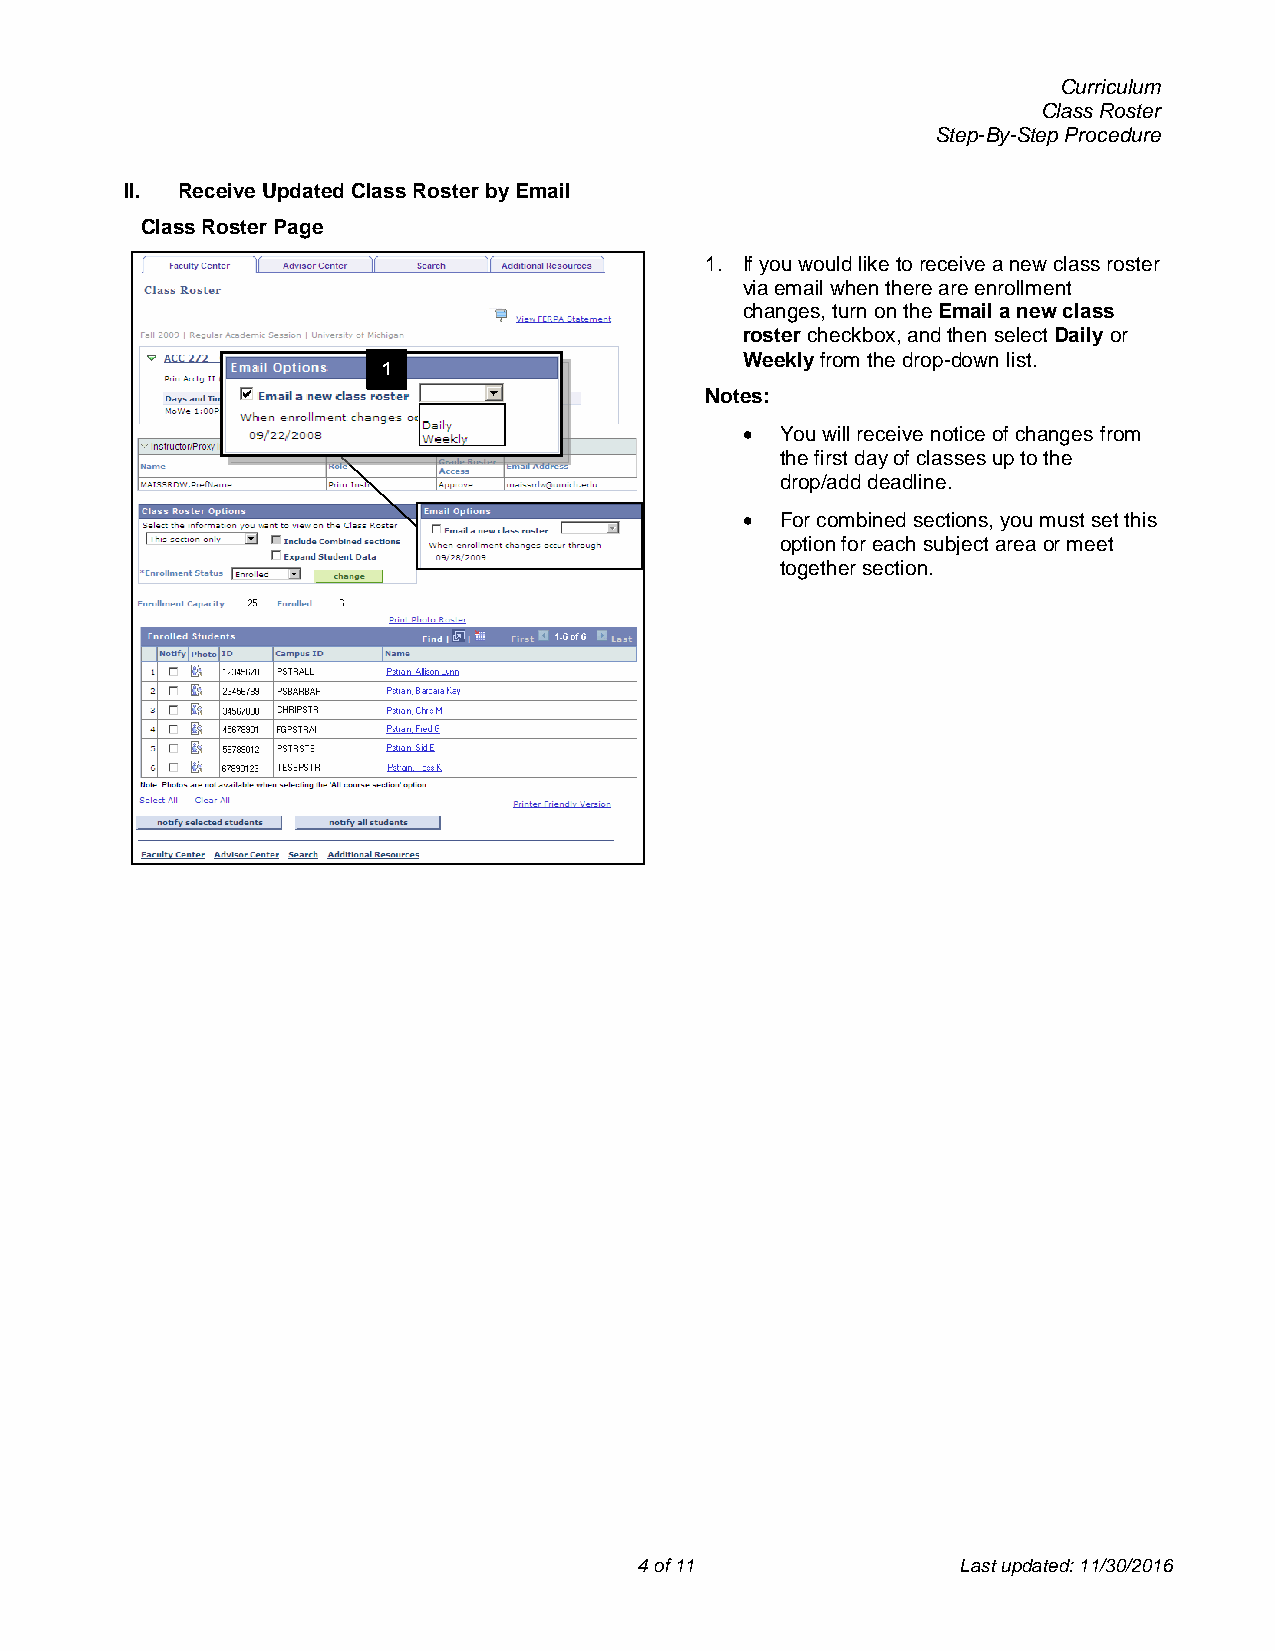
Curriculum
 Class Roster
 Step-By-Step Procedure
 II. Receive Updated Class Roster by Email
 Class Roster Page
 1. If you would like to receive a new class roster
 via email when there are enrollment
 changes, turn on the Email a new class
 roster checkbox, and then select Daily or
 Weekly from the drop-down list.
 1
 Notes:
   You will receive notice of changes from
 the first day of classes up to the
 drop/add deadline.
   For combined sections, you must set this
 option for each subject area or meet
 together section.
 4 of 11               Last updated: 11/30/2016